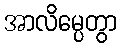
အာလိမ္ပေတွာ